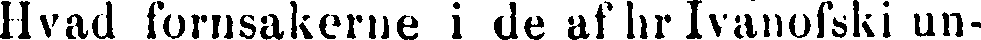
Hvad fornsakerne i de af hr Ivanofski un-